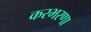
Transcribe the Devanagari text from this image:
करभरणा